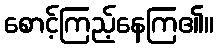
စောင့်ကြည့်နေကြ၏။